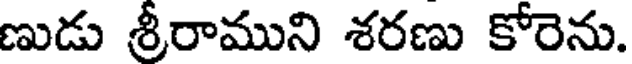
ణుడు శ్రీరాముని శరణు కోరెను.